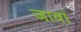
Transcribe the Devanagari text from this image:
जावां